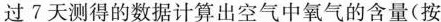
过7天测得的数据计算出空气中氧气的含量(按